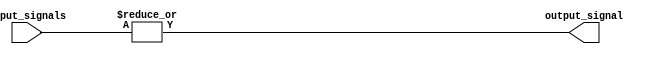
module OR_Gate_64 (
    input [63:0] input_signals,
    output output_signal
);

assign output_signal = |input_signals;

endmodule